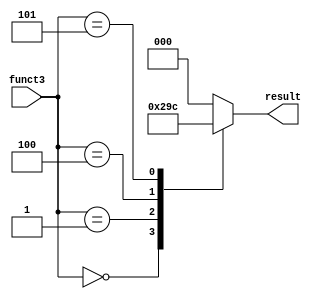
`timescale 1ns / 1ps

`define lw 3'b010
`define lb 3'b000
`define lh 3'b001
`define lbu 3'b100
`define lhu 3'b101


module load_controller(funct3, result);
    input [2:0] funct3;
    output reg [2:0] result;
    
    always@(*)begin
        case(funct3)
            `lw : result = 3'b000;
            `lb : result = 3'b001;
            `lh : result = 3'b010;
            `lbu : result = 3'b011;
            `lhu : result = 3'b100;
            3'b110 : result = 3'b0;
            3'b111: result = 3'b0;
            default : result = 3'b0;
        endcase
    end
endmodule